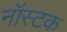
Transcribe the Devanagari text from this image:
नॉस्टक